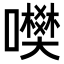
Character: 𡃎